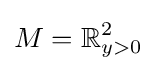
M=\mathbb {R} _{y>0}^{2}